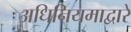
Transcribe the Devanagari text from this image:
अधिनियमाद्वारे